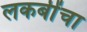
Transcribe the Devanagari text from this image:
लकबींचा